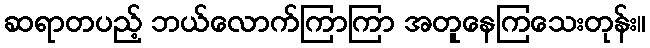
ဆရာတပည့် ဘယ်လောက်ကြာကြာ အတူနေကြသေးတုန်း။